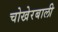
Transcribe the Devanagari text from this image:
चोखेरबाली